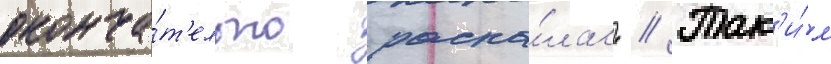
оконча́т'ельно распа́лась // Так'и́м